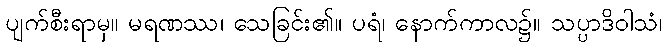
ပျက်စီးရာမှ။ မရဏဿ၊ သေခြင်း၏။ ပရံ၊ နောက်ကာလ၌။ သပ္ပာဒိဝါသံ၊